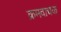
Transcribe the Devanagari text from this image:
क्रमवाचक